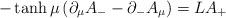
LaTeX: \begin{align*}-\tanh\mu \left(\partial_{\mu} A_- -\partial_{-}A_{\mu}\right) = L A_+\end{align*}